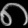
Digit: ၈